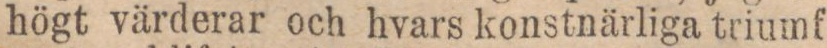
högt värderar och hvars konstnärliga triumf